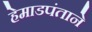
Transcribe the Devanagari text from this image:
हेमाडपंताने